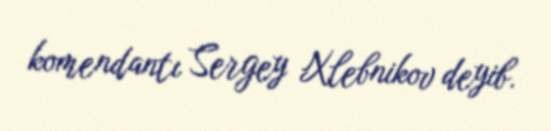
komendantı Sergey Xlebnikov deyib.